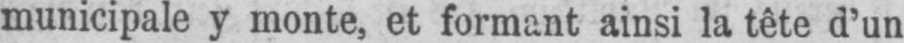
municipale y monte, et formant ainsi la tête d’un